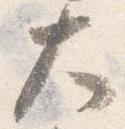
大